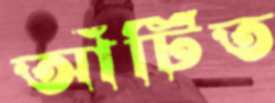
আঁটিত